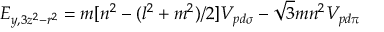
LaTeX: E _ { y , 3 z ^ { 2 } - r ^ { 2 } } = m [ n ^ { 2 } - ( l ^ { 2 } + m ^ { 2 } ) / 2 ] V _ { p d \sigma } - { \sqrt { 3 } } m n ^ { 2 } V _ { p d \pi }